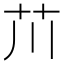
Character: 𫇨